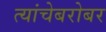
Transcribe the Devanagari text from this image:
त्यांचेबरोबर